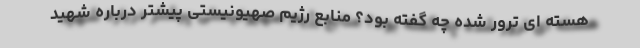
هسته ای ترور شده چه گفته بود؟ منابع رژیم صهیونیستی پیشتر درباره شهید